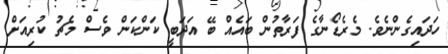
ހަދައިގެންނެވެ. މެރެޑޯނާގެ ފަރާތުން ބައެއް ބޭ އަދަބީ ކަންކަން ވެސް މެޗު ކުރިއަށް